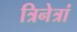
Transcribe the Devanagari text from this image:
त्रिनेत्रां